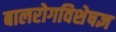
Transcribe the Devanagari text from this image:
बालरोगविशेषज्ञ